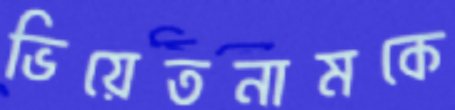
ভিয়েতনামকে